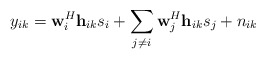
\begin{align*}y_{ik}={\bf{w}}^{H}_{i}{\bf{h}}_{ik}s_{i}+\sum_{j\neq i}{\bf{w}}^{H}_{j}{\bf{h}}_{ik}s_{j}+n_{ik} \end{align*}